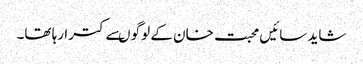
شاید سائیں محبت خان کے لوگو ںسے کترا رہا تھا۔